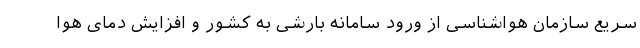
سریع سازمان هواشناسی از ورود سامانه بارشی به کشور و افزایش دمای هوا